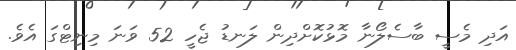
އަދި މެސީ ބާސެލޯނާ މޮޅުކޮށްދިން ލަނޑު ޖެހީ 52 ވަނަ މިނިޓްގަ އެވެ.